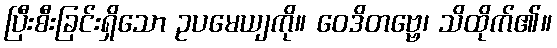
ပြီးစီးခြင်းရှိသော ဥပမေယျကို။ ဝေဒိတဗ္ဗေ၊ သိထိုက်၏။